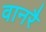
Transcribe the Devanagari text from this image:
वानरै